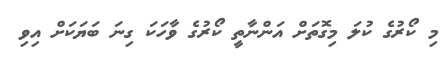
މި ކޯރުގެ ކުލަ މިގޮތަށް އަންނާތީ ކޯރުގެ ވާހަކަ ގިނަ ބަޔަކަށް އިވި